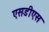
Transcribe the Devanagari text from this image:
एसडीएस